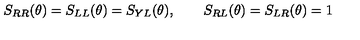
S _ { R R } ( \theta ) = S _ { L L } ( \theta ) = S _ { Y L } ( \theta ) , \qquad S _ { R L } ( \theta ) = S _ { L R } ( \theta ) = 1